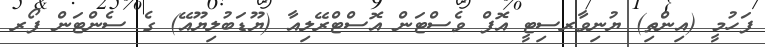
ފަހުމީ (އިންތި) ޔުނިވާރސިޓީ އޮފް ވެސްޓަން އޮސްޓްރޭލިއާ (ޔޫޑަބުލިޔޫއޭ) ގެ ސެންޓަން ފޯރ